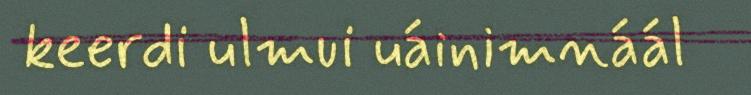
keerdi ulmui uáinimnáál